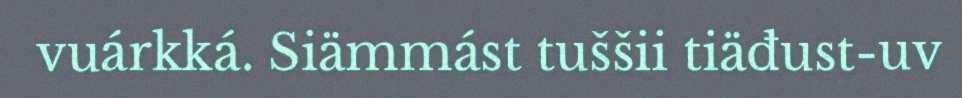
vuárkká. Siämmást tuššii tiäđust-uv